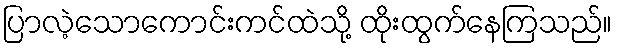
ပြာလဲ့သောကောင်းကင်ထဲသို့ ထိုးထွက်နေကြသည်။